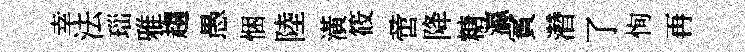
幸法𤤼雅趨愚悃陸潢筱啻降糖瀛賓濳了恂再